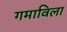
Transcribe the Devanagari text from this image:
गमाविला